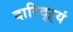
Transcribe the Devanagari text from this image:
दारिद्ऱ्यं